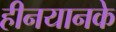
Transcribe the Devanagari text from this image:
हीनयानके